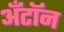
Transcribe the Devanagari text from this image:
अँटॉन